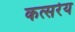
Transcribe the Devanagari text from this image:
कत्सरेय